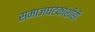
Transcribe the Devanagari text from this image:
समाजघटकांशीही